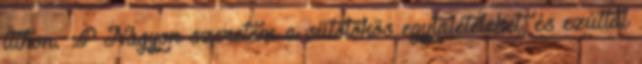
itthon. :P Nagyon szeretem a sütőtökös egytálételeket, és ezúttal